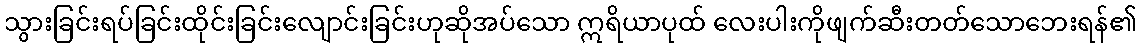
သွားခြင်းရပ်ခြင်းထိုင်းခြင်းလျောင်းခြင်းဟုဆိုအပ်သော ဣရိယာပုထ် လေးပါးကိုဖျက်ဆီးတတ်သောဘေးရန်၏